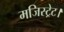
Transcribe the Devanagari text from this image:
मजिस्ट्रेट।